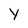
Character: Y